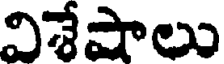
విశేషాలు